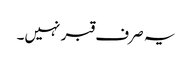
یہ صرف قبر نہیں۔